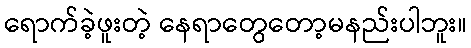
ရောက်ခဲ့ဖူးတဲ့ နေရာတွေတော့မနည်းပါဘူး။